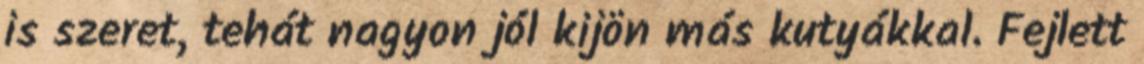
is szeret, tehát nagyon jól kijön más kutyákkal. Fejlett